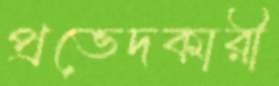
প্রভেদকারী